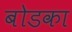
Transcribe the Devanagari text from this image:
बोडका